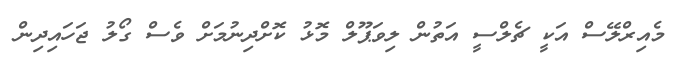
މެއިރްލޭސް އަކީ ޗެލްސީ އަތުން ލިވަޕޫލް މޮޅު ކޮށްދިނުމަށް ވެސް ގޯލު ޖަހައިދިން